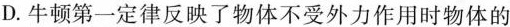
D.牛顿第一定律反映了物体不受外力作用时物体的